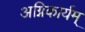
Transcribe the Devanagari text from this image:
अग्निकार्यम्